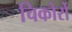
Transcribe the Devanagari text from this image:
चिकोर्रो